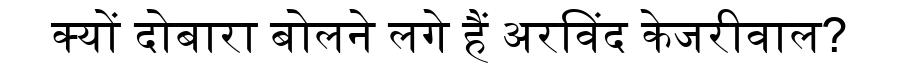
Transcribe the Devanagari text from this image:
क्यों दोबारा बोलने लगे हैं अरविंद केजरीवाल?